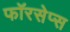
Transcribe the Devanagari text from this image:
फॉरसेप्स